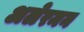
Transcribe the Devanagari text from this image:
अलेरमन